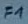
Text: F1